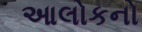
આલોકનો